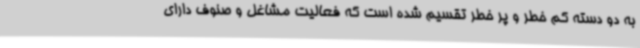
به دو دسته کم خطر و پر خطر تقسیم شده است که فعالیت مشاغل و ‌صنوف دارای